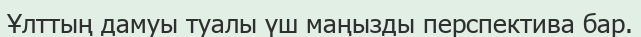
Ұлттың дамуы туалы үш маңызды перспектива бар.